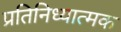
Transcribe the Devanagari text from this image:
प्रतिनिध्यात्मक